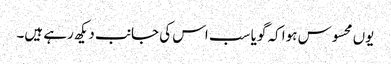
یوں محسوس ہوا کہ گویا سب اس کی جانب دیکھ رہے ہیں۔